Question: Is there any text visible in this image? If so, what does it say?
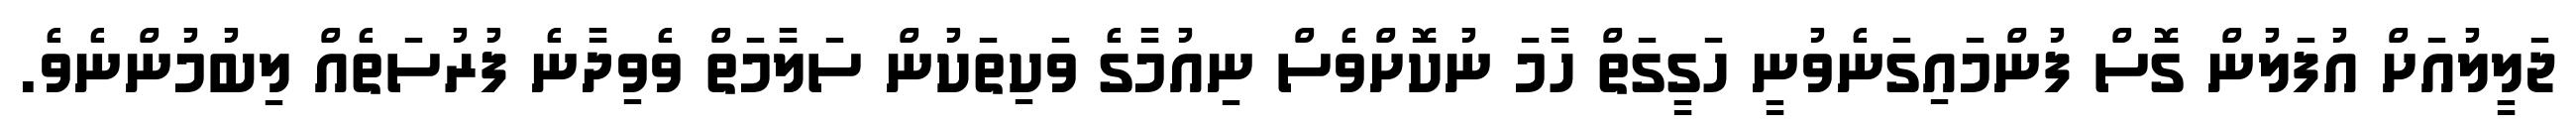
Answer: ޖަލީލުއަށް އުފަލުން ގޮސް ފުންމައިގަނެވުނީ ހަގީގަތް ހާމަ ނުކޮށްވެސް ނިއުމާގެ ވަކިތަކުން ސަލާމަތް ވެވިދާނެ ފުރުސަތެއް ލިބުމުންނެވެ.